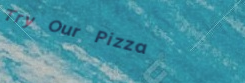
Try Our Pizza